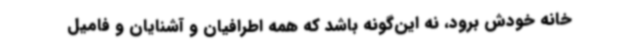
خانه خودش برود، نه این‌گونه باشد که همه اطرافیان و آشنایان و فامیل